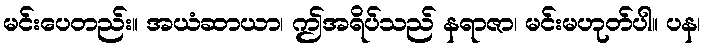
မင်းပေတည်း။ အယံဆာယာ၊ ဤအရိပ်သည် နရာဇာ၊ မင်းမဟုတ်ပါ။ ပန၊